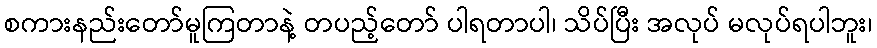
စကားနည်းတော်မူကြတာနဲ့ တပည့်တော် ပါရတာပါ၊ သိပ်ပြီး အလုပ် မလုပ်ရပါဘူး၊